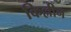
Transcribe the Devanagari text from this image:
किल्लीन